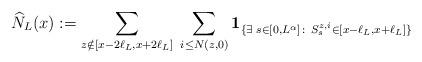
LaTeX: \begin{align*}\widehat{N}_L(x) := \sum_{z \notin [x- 2 \ell_L, x+ 2\ell_L]} \; \sum_{i \le N(z,0)} \mathbf{1}_{\{\exists\; s\in [0,L^\alpha] \colon\, S^{z,i}_s \in [x-\ell_L, x+\ell_L]\}}\end{align*}